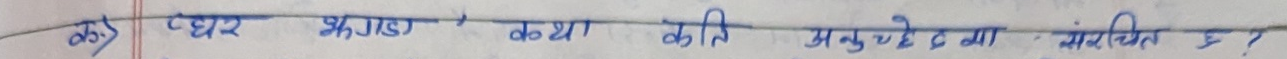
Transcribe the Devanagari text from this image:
क) पेधर भण्डार' कथा कति अनुच्छेदमा बाँडिएको छ ?